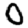
Digit: 0